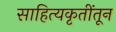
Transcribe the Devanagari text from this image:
साहित्यकृतींतून